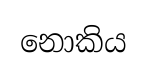
නොකිය